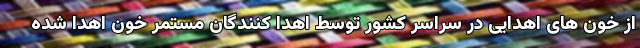
از خون های اهدایی در سراسر کشور توسط اهدا کنندگان مستمر خون اهدا شده